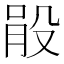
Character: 𣪓